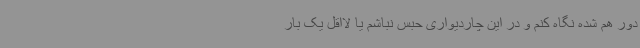
دور هم شده نگاه کنم و در این چاردیواری حبس نباشم یا لااقل یک بار